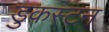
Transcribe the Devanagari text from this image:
डुकस्टन